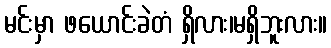
မင်းမှာ ဖယောင်းခဲတံ ရှိလား၊မရှိဘူးလား။